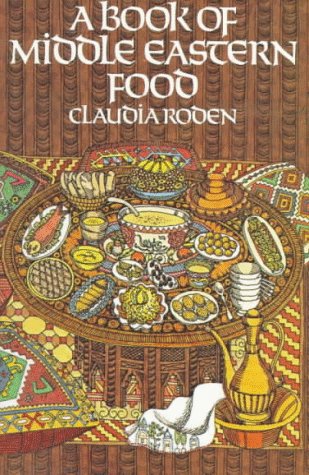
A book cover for A Book of Middle Eastern Food; Claudia Roden; Cookbooks, Food & Wine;